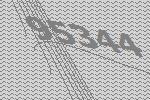
95344